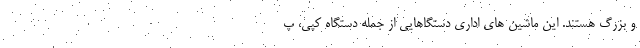
و بزرگ هستند. این ماشین های اداری دستگاهایی از جمله دستگاه کپی، پ